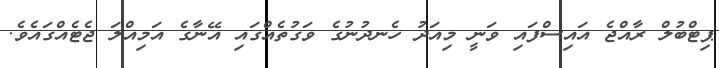
ޕިޓްބުލް ރާއްޖެ އައިސްފައި ވަނީ މިއަދު ހެނދުނުގެ ވަގުތެއްގައި އޭނާގެ އަމިއްލަ ޖެޓެއްގައެވެ.